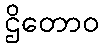
ဌိတောဝ